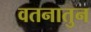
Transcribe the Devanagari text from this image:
वतनातुन